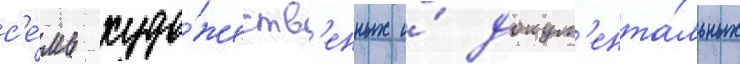
с'е́мь худо́жеств'енных и́ докум'ента́льных